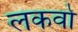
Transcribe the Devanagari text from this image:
लकवो